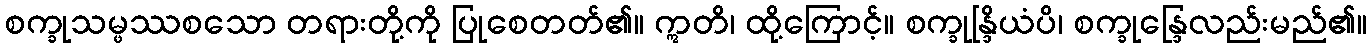
စက္ခုသမ္ဖဿစသော တရားတို့ကို ပြုစေတတ်၏။ ဣတိ၊ ထို့ကြောင့်။ စက္ခုန္ဒြိယံပိ၊ စက္ခုန္ဒြေလည်းမည်၏။